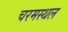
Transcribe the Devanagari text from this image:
चरमस्थल